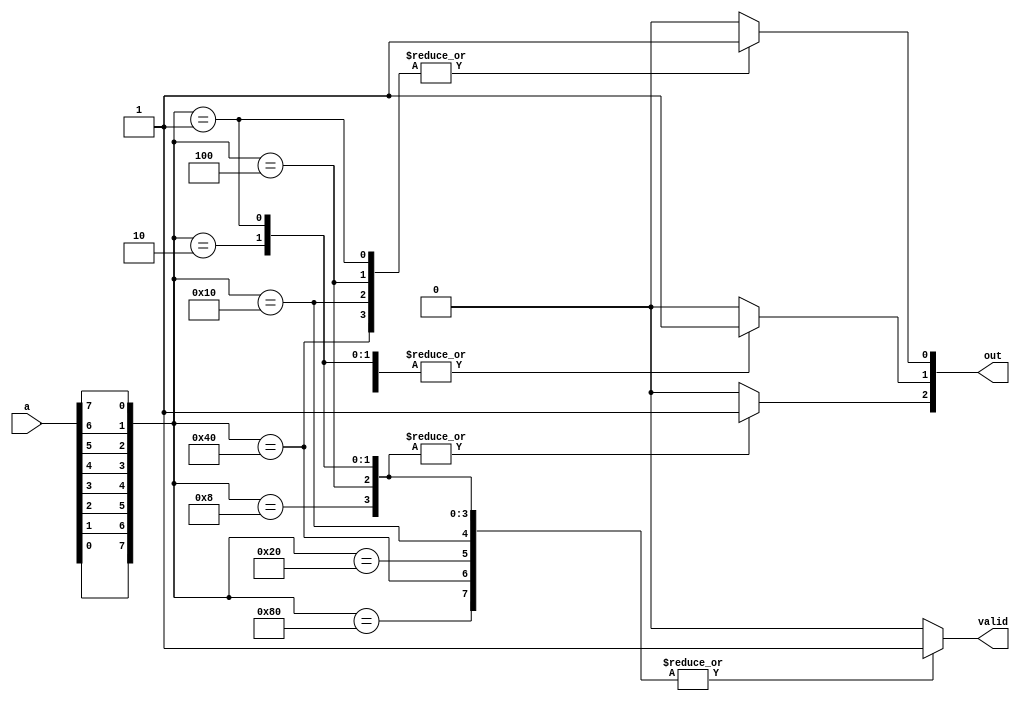
module try(a  , out , valid);

input[7:0] a ;
output[3:0] out ;
output valid ;

reg [3:0]out ;
reg valid;

always@(a)
begin

	case({a[0] , a[1] , a[2] , a[3] , a[4] , a[5] , a[6] ,a[7] })
		8'b10000000: begin
								out[0] = 1'b0;
								out[1] = 1'b0;
								out[2] = 1'b0;
								valid = 1;
						 end
		8'b01000000: begin
								out[0] = 1'b1 ;
								out[1] = 1'b0 ;
								out[2] = 1'b0 ;
								valid = 1;
						 end
		8'b00100000: begin 
								out[0] = 1'b0 ;
								out[1] = 1'b1 ;
								out[2] = 1'b0 ;
								valid = 1;
						 end
		8'b00010000: begin 
								out[0] = 1'b1 ;
								out[1] = 1'b1 ;
								out[2] = 1'b0 ;
								valid = 1;			
		             end
		8'b00001000: begin 
								out[0] = 1'b0 ;
								out[1] = 1'b0 ;
								out[2] = 1'b1 ;
								valid = 1;
						 end
		8'b00000100: begin 
								out[0] = 1'b1 ;
								out[1] = 1'b0 ;
								out[2] = 1'b1 ;
								valid = 1;
						end
		
 		8'b00000010: begin 
								out[0] = 1'b0 ;
								out[1] = 1'b1 ;
								out[2] = 1'b1 ;
								valid = 1;
						 end
		8'b00000001: begin 
								out[0] = 1'b1 ;
								out[1] = 1'b1 ;
								out[2] = 1'b1 ;
								valid = 1;
						 end
		default: begin 
								{out[0] , out[1] , out[2]} = 3'b000 ;
								valid = 0;
								
					end
	endcase
	
	
end

endmodule		
		
		
		
		
		
//		8'b10000000: out[0] = 1'b0 , out[1] = 1'b0 , out[2] = 1'b0 , valid = 1;
//		8'b01000000: out[0] = 1'b1 , out[1] = 1'b0 , out[2] = 1'b0 , valid = 1;
//		8'b00100000: out[0] = 1'b0 , out[1] = 1'b1 , out[2] = 1'b0 , valid = 1;
//		8'b00010000: out[0] = 1'b1 , out[1] = 1'b1 , out[2] = 1'b0 , valid = 1;
//		8'b00001000: out[0] = 1'b0 , out[1] = 1'b0 , out[2] = 1'b1 , valid = 1;
//		8'b00000100: out[0] = 1'b1 , out[1] = 1'b0 , out[2] = 1'b1 , valid = 1;
//		8'b00000010: out[0] = 1'b0 , out[1] = 1'b1 , out[2] = 1'b1 , valid = 1;
//		8'b00000001: out[0] = 1'b1 , out[1] = 1'b1 , out[2] = 1'b1 , valid = 1;
		
//if(select == 1){
//		overflow = a and b;
//	
//	}
//	else if(select == 0){
//	
//		out = a xor b;
//		overflow = (not a) and b;
//	
//	}
 		

		
//	if(select)
//		{
//			case({a , b})
//				2'b00:
//					begin
//					out = 0 , overflow = 0 ;
//					end
//	//			2'b01:out = 1 , overflow = 0 ;
//	//			2'b10:out = 1 , overflow = 0 ;
//	//			2'b11:out = 0 , overflow = 1 ;
//         endcase
//		}
//	else if(!select )
//		{
//			case({a , b })
//	//			2'b00:out = 0 , overflow = 0;
//	//			2'b01:out = 1 , overflow = 1;
//	//			2'b10:out = 1 , overflow = 0;
//	//			2'b11:out = 0 , overflow = 0;	
//			end
//		}